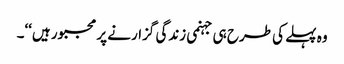
وہ پہلے کی طرح ہی جہنمی زندگی گزارنے پر مجبور ہیں‘‘۔